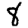
Digit: 8